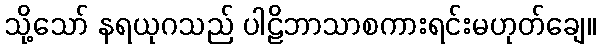
သို့သော် နရယုဂသည် ပါဠိဘာသာစကားရင်းမဟုတ်ချေ။